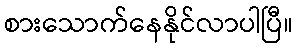
စားသောက်နေနိုင်လာပါပြီ။